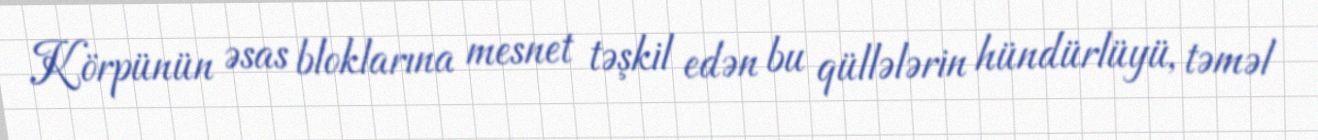
Körpünün əsas bloklarına mesnet təşkil edən bu qüllələrin hündürlüyü, təməl